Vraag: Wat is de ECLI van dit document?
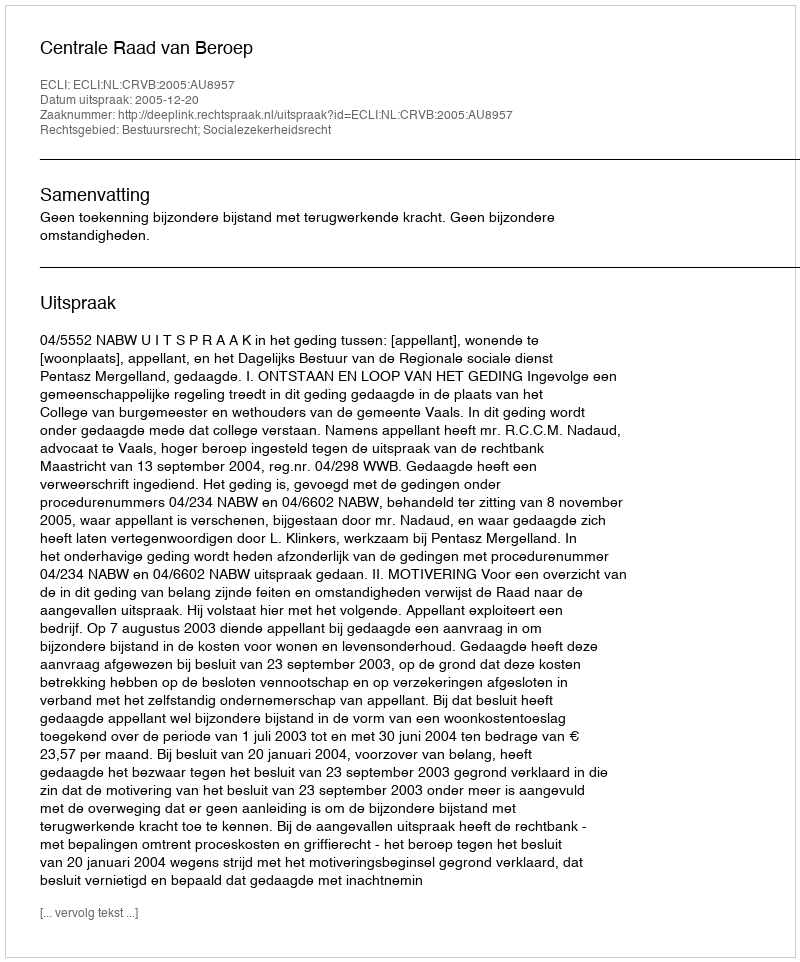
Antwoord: ECLI:NL:CRVB:2005:AU8957